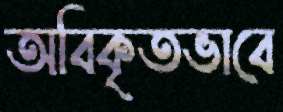
অবিকৃতভাবে